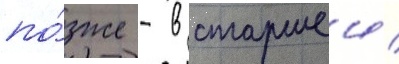
по́зже - в старшеи